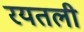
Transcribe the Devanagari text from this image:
रयतली